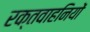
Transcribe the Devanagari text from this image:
रक्तवाहनियों